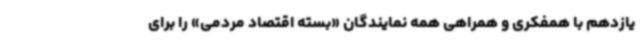
یازدهم با همفکری و همراهی همه نمایندگان «بسته اقتصاد مردمی» را برای